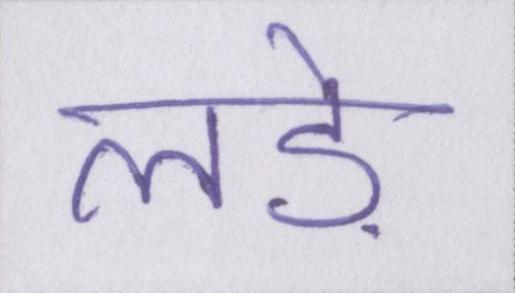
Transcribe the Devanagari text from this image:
लड़े